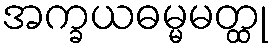
အက္ခယဓမ္မမတ္ထု